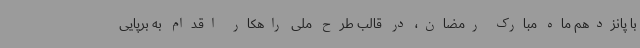
با پانزدهم ماه مبارک رمضان، در قالب طرح ملی راهکار اقدام به برپایی